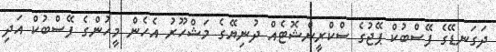
ދަގަނޑޭގެ ފޭސްބުކް ޕޭޖުގެ ސްކްރީންޝޮޓެއް ދުނިޔޭގެ މަޝްހޫރު އެހެން މީހުންގެ ފޭސްބުކް އަދި